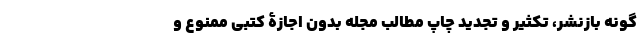
گونه بازنشر، تکثیر و تجدید چاپ مطالب مجله بدون اجازۀ کتبی ممنوع و